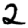
Digit: 2